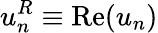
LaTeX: u_{n}^{R}\equiv\operatorname{Re}(u_{n})